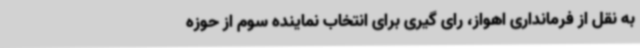
به نقل از فرمانداری اهواز، رای گیری برای انتخاب نماینده سوم از حوزه